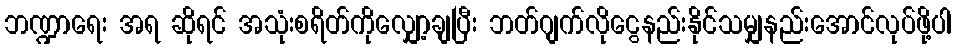
ဘဏ္ဍာရေး အရ ဆိုရင် အသုံးစရိတ်ကိုလျှော့ချပြီး ဘတ်ဂျက်လိုငွေနည်းနိုင်သမျှနည်းအောင်လုပ်ဖို့ပါ